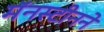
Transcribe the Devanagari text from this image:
मॅनस्टीनने